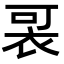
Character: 𧙑